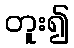
တူး၍